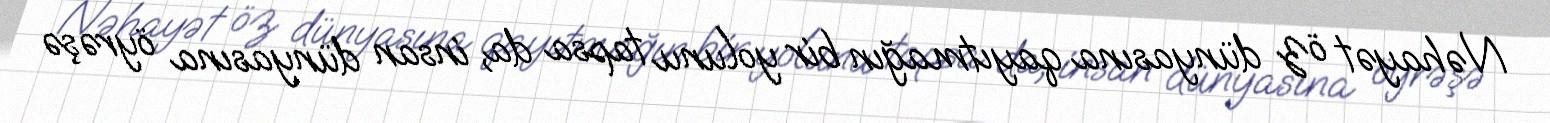
Nəhayət öz dünyasına qayıtmağın bir yolunu tapsa da, insan dünyasına öyrəşə